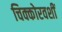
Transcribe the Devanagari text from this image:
चिक्कोरवशीं